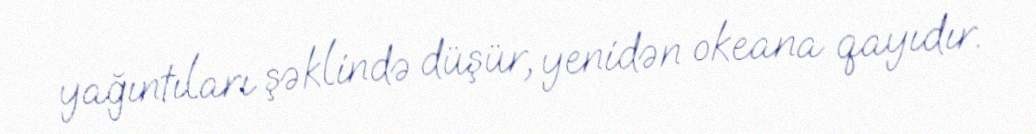
yağıntıları şəklində düşür, yenidən okeana qayıdır.